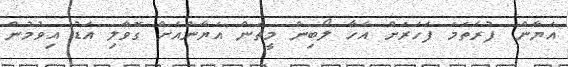
އަޔާން. ފުރަތަމަ ފަހަރަށް އެހާ ލޯބިން މީތަން އަޔާންއަށް ގޮވާލި އަޑު އިވުމުން